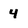
Character: 4